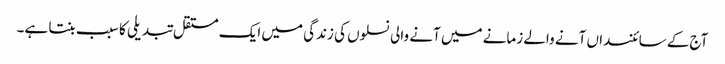
آج کے سائنسداں آنے والے زمانے میں آنے والی نسلوں کی زندگی میں ایک مستقل تبدیلی کا سبب بنتا ہے۔